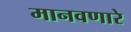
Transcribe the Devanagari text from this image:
मानवणारे